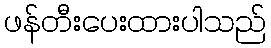
ဖန်တီးပေးထားပါသည်